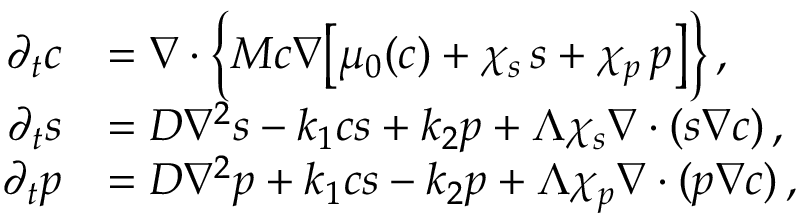
\begin{array} { r l } { \partial _ { t } c } & { = \boldsymbol \nabla \cdot \Bigl \{ M c \boldsymbol \nabla \bigl [ \mu _ { 0 } ( c ) + \chi _ { s } \, s + \chi _ { p } \, p \bigr ] \Bigr \} \, , } \\ { \partial _ { t } s } & { = D \nabla ^ { 2 } s - k _ { 1 } c s + k _ { 2 } p + \Lambda \chi _ { s } \boldsymbol \nabla \cdot ( s \boldsymbol \nabla c ) \, , } \\ { \partial _ { t } p } & { = D \nabla ^ { 2 } p + k _ { 1 } c s - k _ { 2 } p + \Lambda \chi _ { p } \boldsymbol \nabla \cdot ( p \boldsymbol \nabla c ) \, , } \end{array}